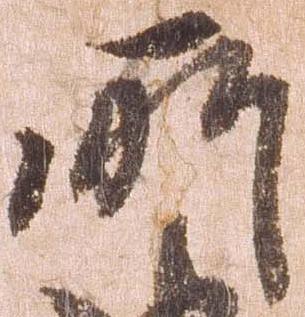
所